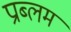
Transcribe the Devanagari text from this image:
प्राब्लम